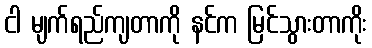
ငါ မျက်ရည်ကျတာကို နင်က မြင်သွားတာကိုး